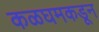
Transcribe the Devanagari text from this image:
कळघमकडून